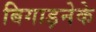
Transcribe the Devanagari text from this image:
बिगाड़नेके